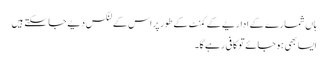
ہاں شمارے کے اداریے کے کمنٹ کے طور پر اس کے لنکس دیے جا سکتے ہیں
ایسا بھی ہو جائے تو کافی رہے گا۔